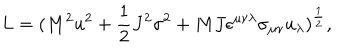
L = ( M ^ { 2 } u ^ { 2 } + { \frac { 1 } { 2 } } J ^ { 2 } \sigma ^ { 2 } + M J \epsilon ^ { \mu \nu \lambda } \sigma _ { \mu \nu } u _ { \lambda } ) ^ { \frac { 1 } { 2 } } ,